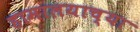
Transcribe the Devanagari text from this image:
हामालयाच्या